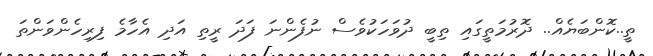
ތީ..ކޮންބަޔެއް.. ދޮރުމަތީގައި ތިބީ ދުވަހަކުވެސް ނުފެންނަ ފަދަ ރީތި އަދި އެހާމެ ފިރިހެންވަންތަ